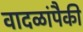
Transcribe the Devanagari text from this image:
वादळांपैकी